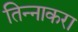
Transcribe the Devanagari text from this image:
तिन्नाकरा